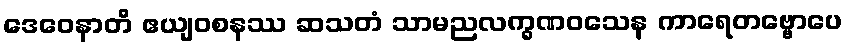
ဒေဝေနာတိ ဧယျဝစနဿ ဆသတံ သာမညလက္ခဏဝသေန ကာရေတဗ္ဗောပေ